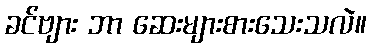
ခင်ဗျား ဘာ ဆေးများစားသေးသလဲ။